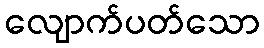
လျောက်ပတ်သော